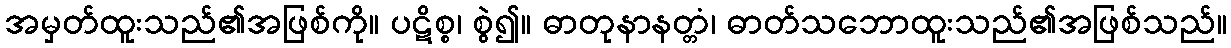
အမှတ်ထူးသည်၏အဖြစ်ကို။ ပဋိစ္စ၊ စွဲ၍။ ဓာတုနာနတ္တံ၊ ဓာတ်သဘောထူးသည်၏အဖြစ်သည်။